Senior Leaving Certificate Examination (including Day School Certificate (Higher) General paper), 1948
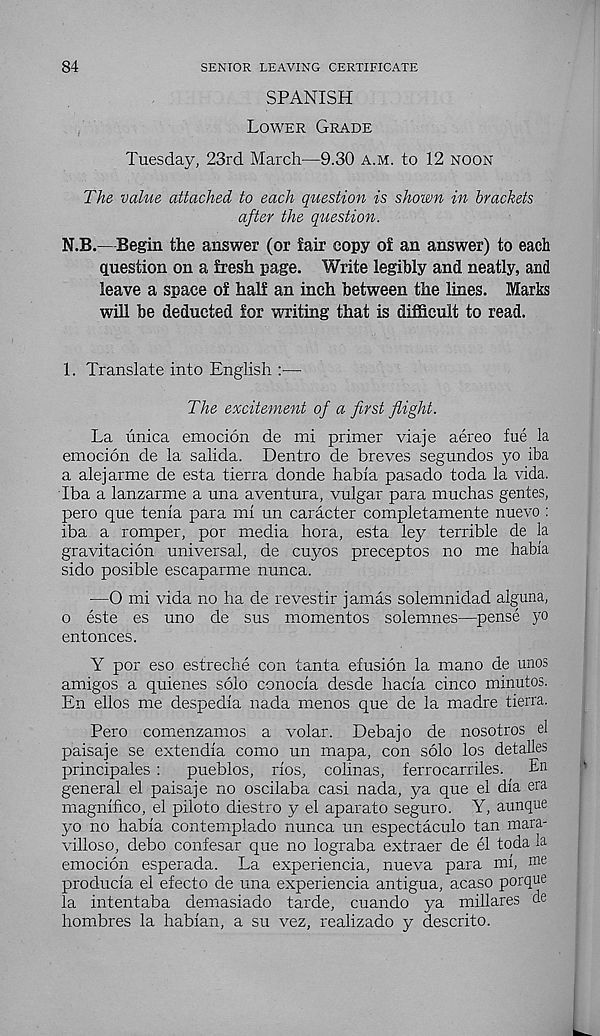
84
SENIOR LEAVING CERTIFICATE
SPANISH
Lower Grade
Tuesday, 23rd March—9.30 a.m. to 12 noon
The value attached to each question is shown in brackets
after the question.
N.B.— Begin the answer (or fair copy of an answer) to each
question on a fresh page. Write legibly and neatly, and
leave a space of half an inch between the lines. Marks
will be deducted for writing that is difficult to read.
1. Translate into English :—
The excitement of a first flight.
La unica emocion de mi primer viaje aereo fue la
emocion de la salida. Dentro de breves segundos yo iba
a alejarme de esta tierra donde habia pasado toda la vida.
Iba a lanzarme a una aventura, vulgar para muchas gentes,
pero que tenia para mi un caracter completamente nuevo :
iba a romper, por media hora, esta ley terrible de la
gravitacion universal, de cuyos preceptos no me habia
sido posible escaparme nunca.
—O mi vida no ha de revestir jamas solemnidad alguna,
o este es uno de sus mementos solemnes—pense yo
entonces.
Y por eso estreche con tanta elusion la mano de unos
amigos a quienes solo conocia desde hacia cinco minutos.
En ellos me despedia nada menos que de la madre tierra.
Pero comenzamos a volar. Debajo de nosotros el
paisaje se extendia como un mapa, con solo los detalles
principales :
pueblos, rios, colinas, ferrocarriles.
En
general el paisaje no oscilaba casi nada, ya que el dia era
magnifico, el piloto diestro y el aparato seguro. Y, aunque
yo no habia contemplado nunca un espectaculo tan mara-
villoso, debo confesar que no lograba extraer de el toda la
emocion esperada. La experiencia, nueva para mi, nie
producia el efecto de una experiencia antigua, acaso porque
la intentaba demasiado tarde, cuando ya millares de
hombres la habian, a su vez, realizado y descrito.